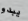
يبدو